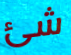
شئ